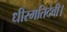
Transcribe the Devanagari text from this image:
धीरमतिदेवी।